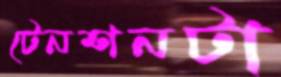
টেনশনটা